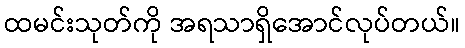
ထမင်းသုတ်ကို အရသာရှိအောင်လုပ်တယ်။